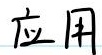
应用